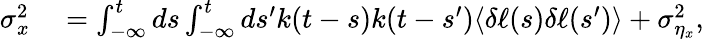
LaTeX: \begin{array}{rl}{\sigma_{x}^{2}}&{{}=\int_{-\infty}^{t}ds\int_{-\infty}^{t}ds^{\prime}k(t-s)k(t-s^{\prime})\langle\delta\ell(s)\delta\ell(s^{\prime})\rangle+\sigma_{\eta_{x}}^{2},}\end{array}